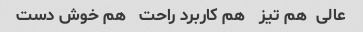
عالی  هم تیز   هم کاربرد راحت   هم خوش دست